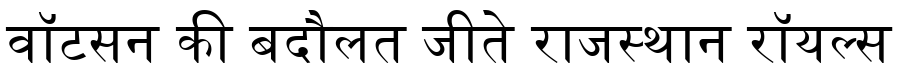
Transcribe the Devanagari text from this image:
वॉटसन की बदौलत जीते राजस्थान रॉयल्स